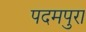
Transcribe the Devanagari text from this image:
पदमपुरा